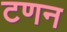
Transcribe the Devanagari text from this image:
टणन